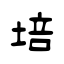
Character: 培